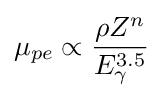
\mu _{pe}\propto {\rho Z^{n} \over E_{\gamma }^{3.5}}